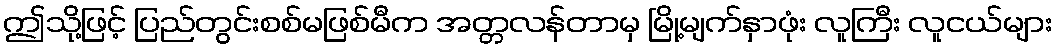
ဤသို့ဖြင့် ပြည်တွင်းစစ်မဖြစ်မီက အတ္တလန်တာမှ မြို့မျက်နှာဖုံး လူကြီး လူငယ်များ